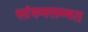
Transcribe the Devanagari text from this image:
सांख्यसम्मत